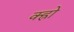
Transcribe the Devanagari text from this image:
क्ह्रो